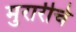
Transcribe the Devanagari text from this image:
मुरारीचे